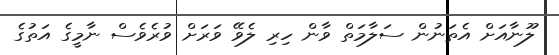
ލޫނާއަށް އެތަނުން ސަލާމަތް ވާން ހިރި ލެވޭ ވަރަށް ވުރެވެސް ނާމީގެ އަތުގެ